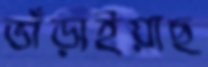
ভাঁড়াইয়াছ